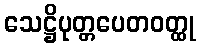
သေဋ္ဌိပုတ္တပေတဝတ္ထု